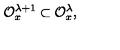
{ \cal O } _ { x } ^ { \lambda + 1 } \subset { \cal O } _ { x } ^ { \lambda } ,